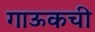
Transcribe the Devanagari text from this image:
गाऊकची